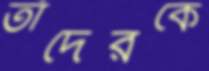
তাঁদেরকে